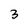
Character: 3